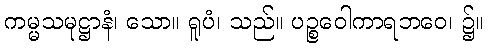
ကမ္မသမုဋ္ဌာနံ၊ သော။ ရူပံ၊ သည်။ ပဉ္စဝေါကာရဘဝေ၊ ၌။